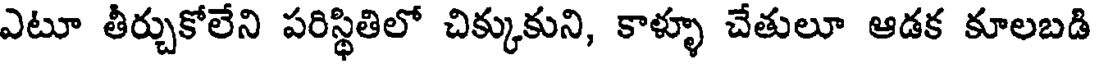
ఎటూ తీర్చుకోలేని పరిస్థితిలో చిక్కుకుని, కాళ్ళూ చేతులూ ఆడక కూలబడి